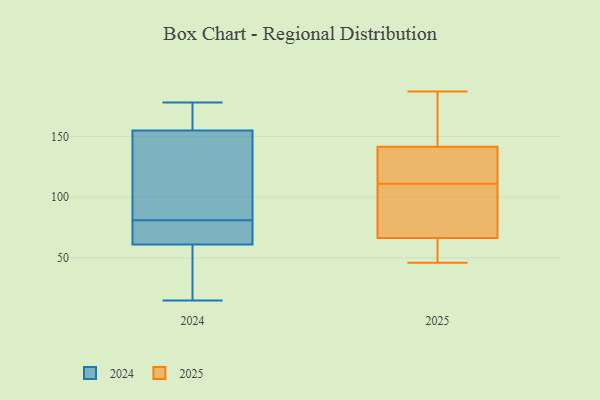
{"axis": {"x": "Gross Profit (USD K)", "y": "Value"}, "legend": ["2024", "2025"], "data": [{"x": "", "y": 174, "type": "2025"}, {"x": "", "y": 46, "type": "2025"}, {"x": "", "y": 68, "type": "2025"}, {"x": "", "y": 86, "type": "2025"}, {"x": "", "y": 111, "type": "2025"}, {"x": "", "y": 114, "type": "2025"}, {"x": "", "y": 187, "type": "2025"}, {"x": "", "y": 119, "type": "2025"}, {"x": "", "y": 46, "type": "2025"}, {"x": "", "y": 66, "type": "2025"}, {"x": "", "y": 149, "type": "2025"}, {"x": "", "y": 47, "type": "2024"}, {"x": "", "y": 178, "type": "2024"}, {"x": "", "y": 96, "type": "2024"}, {"x": "", "y": 142, "type": "2024"}, {"x": "", "y": 167, "type": "2024"}, {"x": "", "y": 155, "type": "2024"}, {"x": "", "y": 61, "type": "2024"}, {"x": "", "y": 15, "type": "2024"}, {"x": "", "y": 66, "type": "2024"}, {"x": "", "y": 66, "type": "2024"}]}